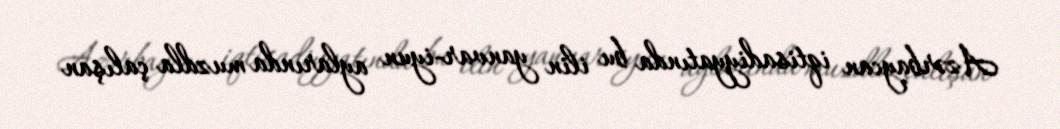
Azərbaycan iqtisadiyyatında bu ilin yanvar-iyun aylarında muzdla çalışan